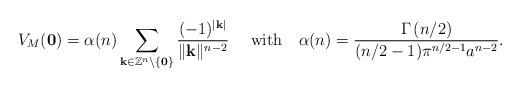
LaTeX: \begin{align*} V_{M}(\textbf{0})=\alpha (n)\sum_{\mathbf{k}\in \mathbb{Z}^{n}\setminus \mathbf{\lbrace 0\rbrace}}\dfrac{(-1)^{\vert\textbf{k}\vert}}{\Vert\mathbf{k}\Vert^{n-2}} \ \ \ \ \mathrm{with} \ \ \ \alpha (n)=\dfrac{\Gamma \left( n/2\right) }{(n/2-1)\pi^{n/2-1}a^{n-2}}. \end{align*}